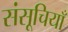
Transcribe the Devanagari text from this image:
संसूचियाँ